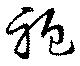
袍